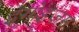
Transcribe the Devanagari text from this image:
इगोइज़म